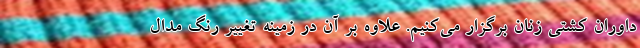
داوران کشتی زنان برگزار می‌کنیم. علاوه بر آن در زمینه تغییر رنگ مدال